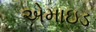
એમાઇડ